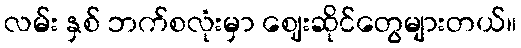
လမ်း နှစ် ဘက်စလုံးမှာ ဈေးဆိုင်တွေများတယ်။